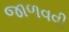
જાળવવી